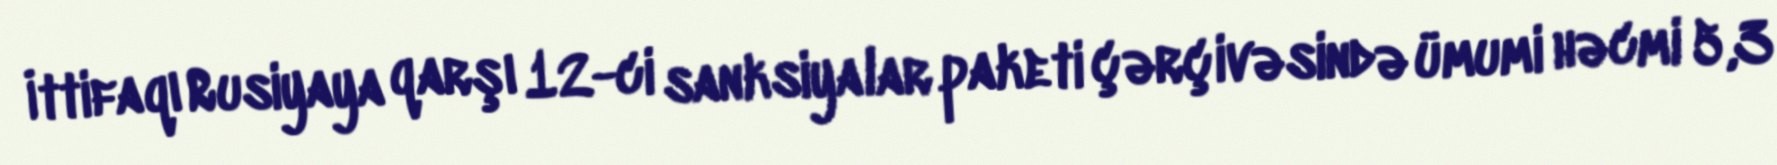
İttifaqı Rusiyaya qarşı 12-ci sanksiyalar paketi çərçivəsində ümumi həcmi 5,3